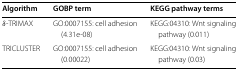
<table><thead><tr><td><b>Algorithm</b></td><td><b>GOBP term</b></td><td><b>KEGG pathway terms</b></td></tr></thead><tbody><tr><td><i>δ</i>-TRIMAX</td><td>GO:0007155: cell adhesion</td><td>KEGG:04310: Wnt signaling</td></tr><tr><td> </td><td>(4.31e-08)</td><td>pathway (0.011)</td></tr><tr><td>TRICLUSTER</td><td>GO:0007155: cell adhesion</td><td>KEGG:04310: Wnt signaling</td></tr><tr><td> </td><td>(0.00022)</td><td>pathway (0.03)</td></tr></tbody></table>